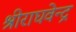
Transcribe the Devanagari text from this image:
श्रीराघवेन्द्र